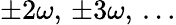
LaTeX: \pm 2\omega,\, \pm 3\omega,\, \ldots